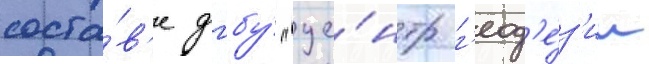
соста́в'е фгбу́ "це́нтр г'еод'е́з'ии